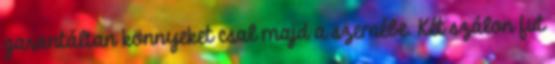
garantáltan könnyeket csal majd a szemébe. Két szálon fut